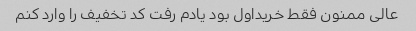
عالی ممنون فقط خریداول بود یادم رفت کد تخفیف را وارد کنم